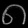
Digit: ၈